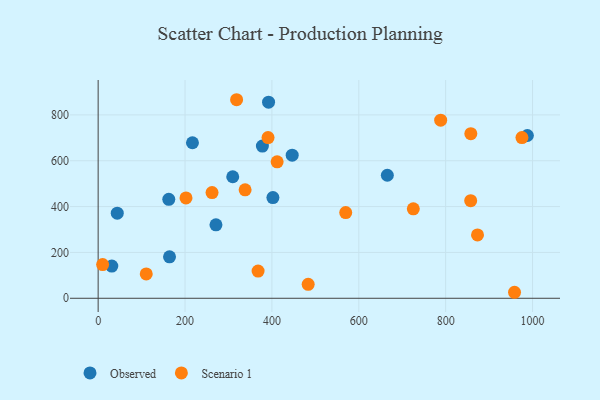
{"axis": {"x": "Experience", "y": "Salary"}, "legend": ["Observed", "Scenario 1"], "data": [{"x": "271.2", "y": 320.3, "type": "Observed"}, {"x": "217.1", "y": 678.4, "type": "Observed"}, {"x": "392.3", "y": 855.5, "type": "Observed"}, {"x": "988.1", "y": 710.1, "type": "Observed"}, {"x": "665.7", "y": 536.8, "type": "Observed"}, {"x": "446.7", "y": 624.1, "type": "Observed"}, {"x": "31.4", "y": 140.4, "type": "Observed"}, {"x": "309.8", "y": 530.2, "type": "Observed"}, {"x": "162.6", "y": 431.5, "type": "Observed"}, {"x": "378.1", "y": 663.9, "type": "Observed"}, {"x": "44.0", "y": 371.4, "type": "Observed"}, {"x": "402.3", "y": 439.4, "type": "Observed"}, {"x": "164.3", "y": 180.8, "type": "Observed"}, {"x": "725.5", "y": 390.4, "type": "Scenario 1"}, {"x": "873.3", "y": 276.6, "type": "Scenario 1"}, {"x": "857.6", "y": 426.0, "type": "Scenario 1"}, {"x": "202.2", "y": 438.0, "type": "Scenario 1"}, {"x": "569.9", "y": 373.9, "type": "Scenario 1"}, {"x": "368.2", "y": 118.6, "type": "Scenario 1"}, {"x": "483.5", "y": 60.9, "type": "Scenario 1"}, {"x": "110.7", "y": 106.4, "type": "Scenario 1"}, {"x": "788.5", "y": 777.2, "type": "Scenario 1"}, {"x": "412.0", "y": 595.1, "type": "Scenario 1"}, {"x": "975.6", "y": 701.2, "type": "Scenario 1"}, {"x": "391.1", "y": 701.2, "type": "Scenario 1"}, {"x": "857.9", "y": 718.1, "type": "Scenario 1"}, {"x": "958.5", "y": 26.2, "type": "Scenario 1"}, {"x": "338.3", "y": 473.3, "type": "Scenario 1"}, {"x": "262.2", "y": 461.3, "type": "Scenario 1"}, {"x": "10.3", "y": 147.0, "type": "Scenario 1"}, {"x": "318.7", "y": 866.2, "type": "Scenario 1"}]}